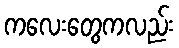
ကလေးတွေကလည်း